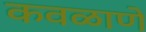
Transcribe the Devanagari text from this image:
कवळाणे